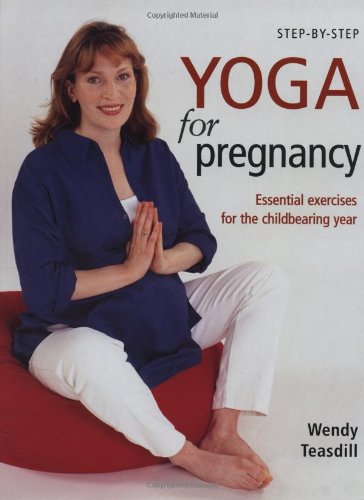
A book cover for Step-By-Step Yoga For Pregnancy : Essential Exercises for the Childbearing Year; Wendy Teasdill; Health, Fitness & Dieting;